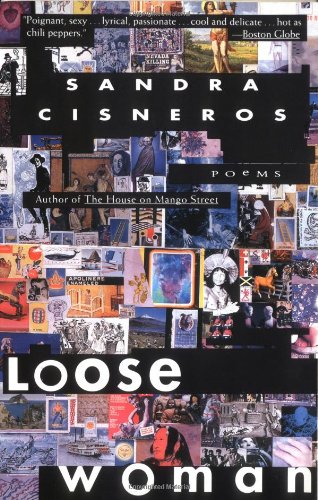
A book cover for Loose Woman: Poems; Sandra Cisneros; Literature & Fiction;